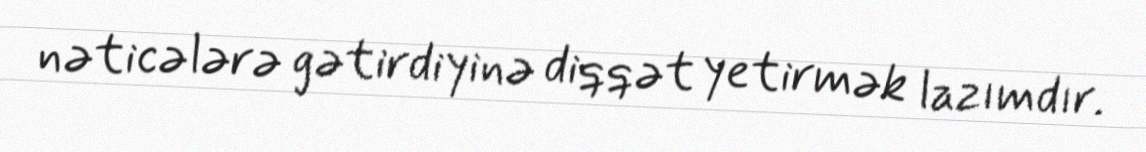
nəticələrə gətirdiyinə diqqət yetirmək lazımdır.